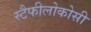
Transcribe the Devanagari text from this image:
स्टैफीलोकोसी